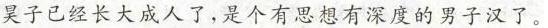
昊子已经长大成人了，是个有思想有深度的男子汉了。